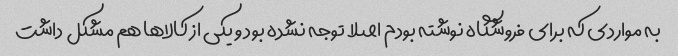
به مواردی که برای فروشگاه نوشته بودم اصلا توجه نشده بود و یکی از کالاها هم مشکل داشت